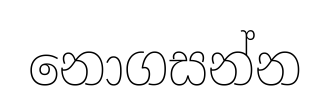
නොගසන්න